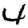
Digit: 4